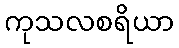
ကုသလစရိယာ